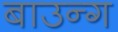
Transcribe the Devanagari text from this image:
बाउन्ग